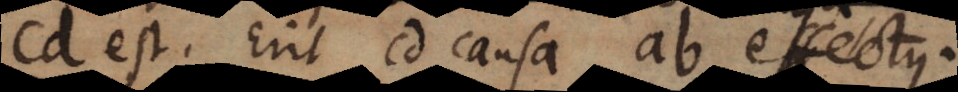
cd, erit cd causa, ab effectus.